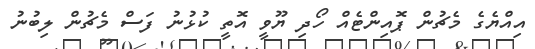
އިއްޔެގެ މެޗުން ޕޮއިންޓެއް ހޯދި ޔޫވީ އޮތީ ކުޅުނު ފަސް މެޗުން ލިބުނު